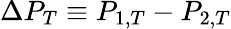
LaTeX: \Delta P_{T}\equiv P_{1,T}-P_{2,T}